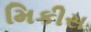
મિકીસ